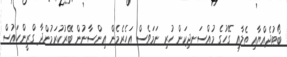
ބޯޓުދެއްޔާއި ތެލާއި ގޭހުގެ މުއްސަނދިކަން ހުރި ނަމަވެސް އަހެރެމެން އިންސާނުން ބޭރުކުރަމުންދާ ގްރީންހައުސް